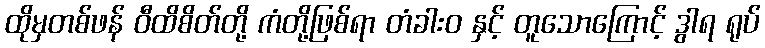
ထိုမှတစ်ဖန် ဝီထိစိတ်တို့ ကံတို့ဖြစ်ရာ တံခါးဝ နှင့် တူသောကြောင့် ဒွါရ ရုပ်